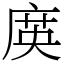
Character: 㢍